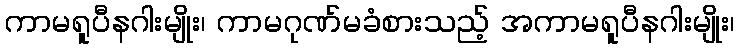
ကာမရူပီနဂါးမျိုး၊ ကာမဂုဏ်မခံစားသည့် အကာမရူပီနဂါးမျိုး၊